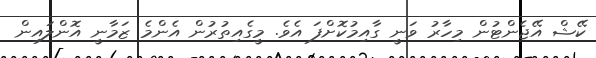
ކޭޝް އޭޖެންޓުން މިހާރު ވަނީ ގާއިމުކޮށްފަ އެވެ. މީގެއިތުރުން އެންމެ ޒަމާނީ އޮންލައިން